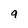
Character: 9